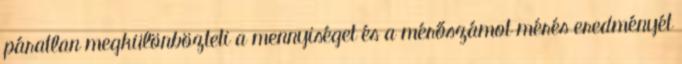
páratlan megkülönbözteti a mennyiséget és a mérőszámot mérés eredményét